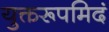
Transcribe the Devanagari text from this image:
युक्तरूपमिदं